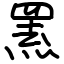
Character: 罴